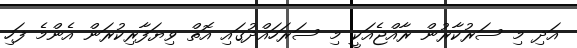
އަދި މި ސަރުކާރުން ރާއްޖެއަކީ މި ސަރަހައްދުގައި އޮތް ވިޔަފާރިކުރަން އެންމެ ފަހި